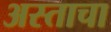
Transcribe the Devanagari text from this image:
अस्ताचा